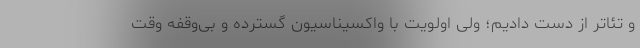
و تئاتر از دست دادیم؛ ولی اولویت با واکسیناسیون گسترده و بی‌وقفه وقت